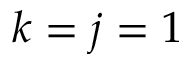
k = j = 1